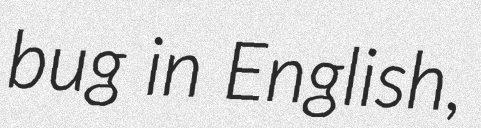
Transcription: bug in English,